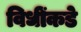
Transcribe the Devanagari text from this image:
विधींकडे